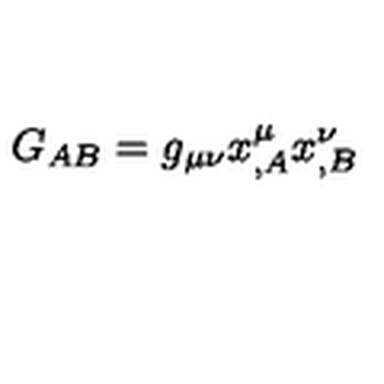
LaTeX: G _ { A B } = g _ { \mu \nu } x _ { , A } ^ { \mu } x _ { , B } ^ { \nu }